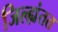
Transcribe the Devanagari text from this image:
जिल्ह्यंतत